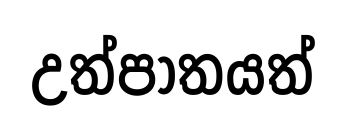
උත්පාතයත්